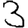
Digit: 3